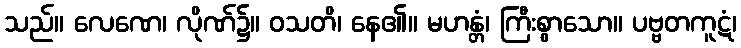
သည်။ လေဏေ၊ လိုဏ်၌။ ဝသတိ၊ နေ၏။ မဟန္တံ၊ ကြီးစွာသော။ ပဗ္ဗတကူဋံ၊